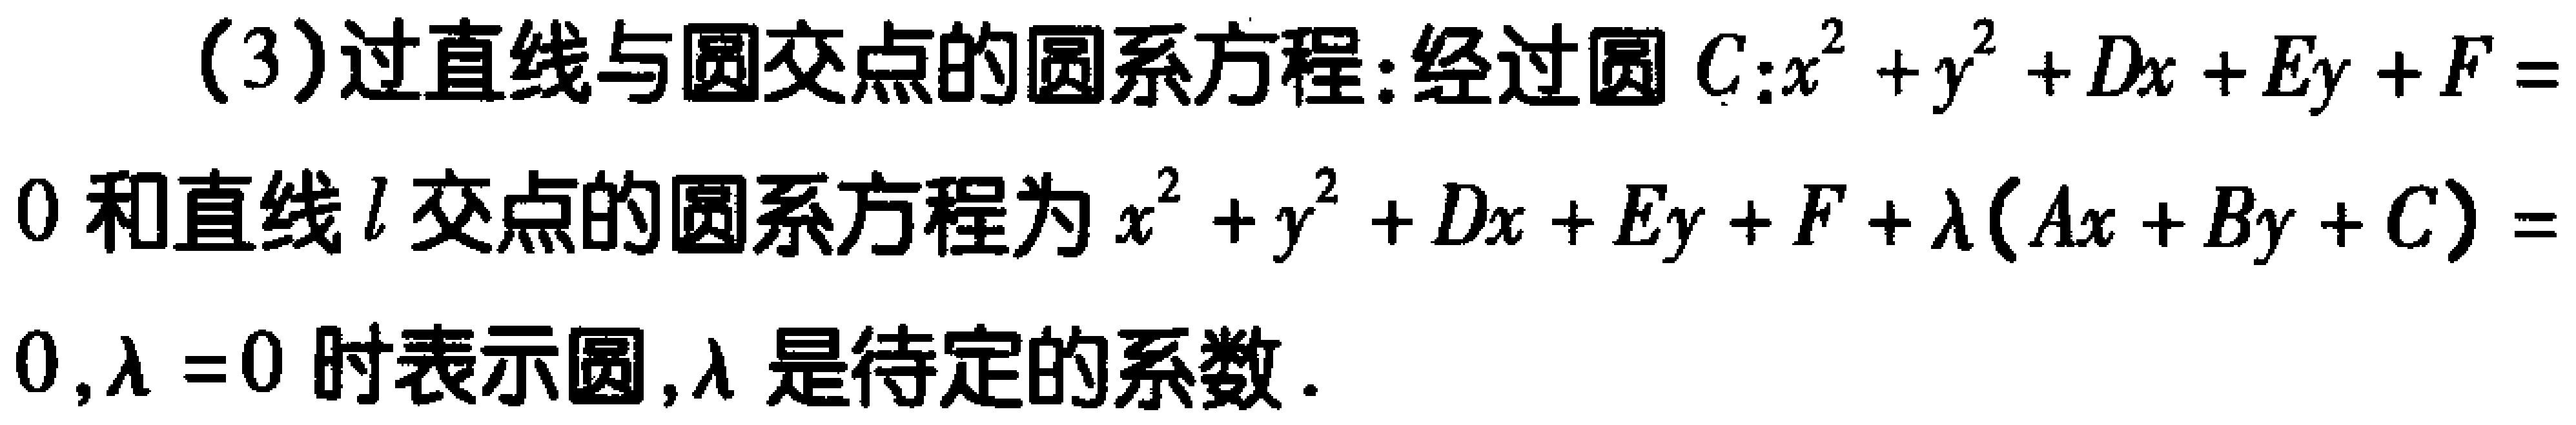
(3)过直线与圆交点的圆系方程:经过圆$C:x^{2}+y^{2}+Dx + Ey+F = 0$和直线$l$交点的圆系方程为$x^{2}+y^{2}+Dx + Ey+F+\lambda(Ax + By + C)=0,\lambda = 0$时表示圆,$\lambda$是待定的系数.